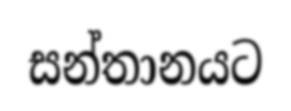
සන්තානයට